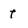
Character: t